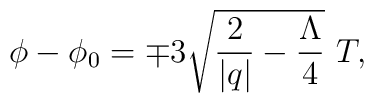
\phi - \phi_0 = \mp 3\sqrt{\frac{2}{|q|} - \frac{\Lambda}{4}} \ T ,